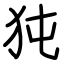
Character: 㹠